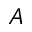
A